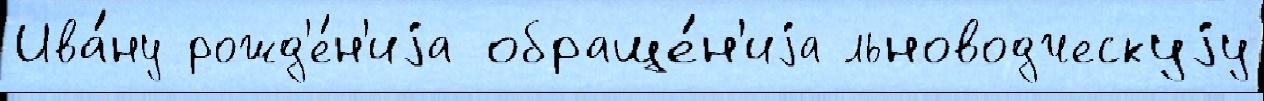
Ива́ну рожд'е́н'иjа обраще́н'иjа льноводческуjу